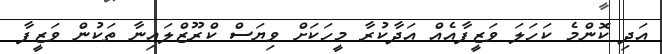
އަދި ކޮންމެ ކަހަލަ ވަޒީފާއެއް އަދާކުރާ މީހަކަށް ވިޔަސް ކްރޫޒްލައިނާ ތަކުން ވަޒީފާ